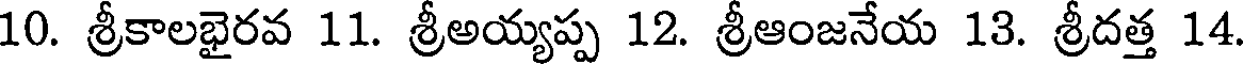
10. శ్రీకాలభైరవ 11. శ్రీఅయ్యప్ప 12. శ్రీఆంజనేయ 13. శ్రీదత్త 14